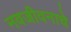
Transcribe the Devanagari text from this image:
नवजीवनाचे